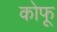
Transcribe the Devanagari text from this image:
कोफू